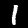
Digit: 1